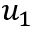
u _ { 1 }